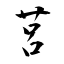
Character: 莒